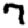
Digit: 7